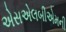
એસએલબીએમની